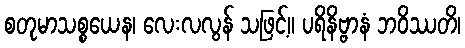
စတုမာသစ္စယေန၊ လေးလလွန် သဖြင့်။ ပရိနိဗ္ဗာနံ ဘဝိဿတိ၊